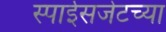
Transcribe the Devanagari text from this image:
स्पाईसजेटच्या